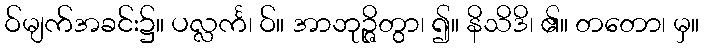
ဝ်မျက်အခင်း၌။ ပလ္လင်္က၊ ဝ်။ အာဘုဉ္ဇိတွာ၊ ၍။ နိသိဒိ၊ ၏။ တတော၊ မှ။